Rangoon Lunatic Asylum 1878-1892 - 1878-1892
Year: 1878
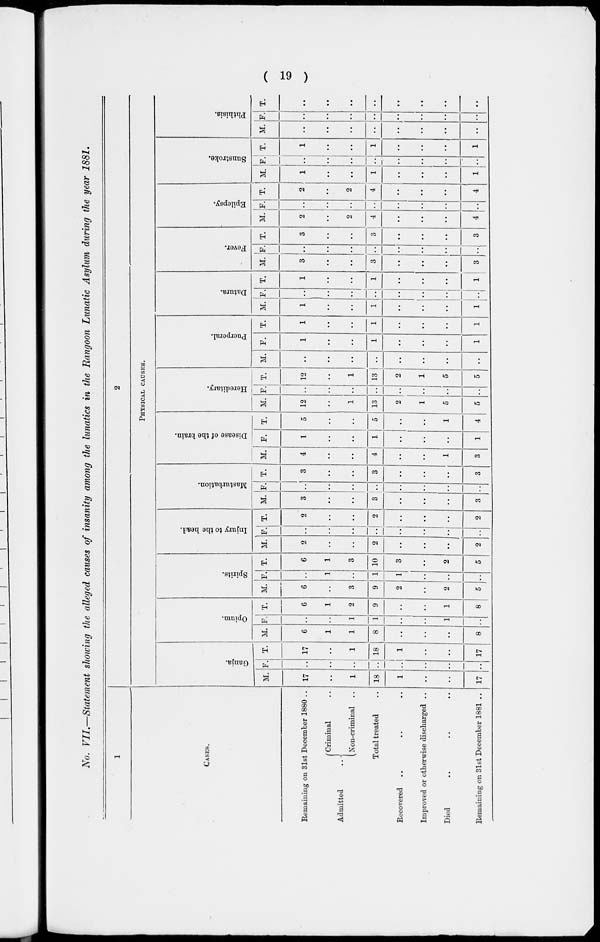
( 19 )
No. VII.—Statement showing the alleged causes of insanity among the lunatics in the Rangoon Lunatic Asylum during the year 1881.
1
CASES.
Remaining on 31st December 1880 ..
Admitted ..
Criminal ..
Non-criminal ..
Total treated ..
Recovered .. .. ..
Improved or otherwise discharged ..
Died .. .. ..
Remaining on 31st December 1881 ..
2
Physical causes.
Ganja.
M.
17
..
1
18
1
..
..
17
F.
..
..
..
..
..
..
..
..
T.
17
..
1
18
1
..
..
17
Opium.
M.
6
1
1
8
..
..
..
8
F.
..
..
1
1
..
..
1
..
T.
6
1
2
9
..
..
1
8
Spirits.
M.
6
..
3
9
2
..
2
5
F.
..
1
..
1
1
..
..
..
T.
6
1
3
10
3
..
2
5
Injury to the head.
M.
2
..
..
2
..
..
..
2
F.
..
..
..
..
..
..
..
..
T.
2
..
..
2
..
..
..
2
Masturbation.
M.
3
..
..
3
..
..
..
3
F.
..
..
..
..
..
..
..
..
T.
3
..
..
3
..
..
..
3
Disease of the brain.
M.
4
..
..
4
..
..
1
3
F.
1
..
..
1
..
..
..
1
T.
5
..
..
5
..
..
1
4
Hereditary.
M.
12
..
1
13
2
1
5
5
F.
..
..
..
..
..
..
..
..
T.
12
..
1
13
2
1
5
5
Puerperal.
M.
..
..
..
..
..
..
..
..
F.
1
..
..
1
..
..
..
1
T.
1
..
..
1
..
..
..
1
Datura.
M.
1
..
..
1
..
..
..
1
F.
..
..
..
..
..
..
..
..
T.
1
..
..
1
..
..
..
1
Fever.
M.
3
..
..
3
..
..
..
3
F.
..
..
..
..
..
..
..
..
T.
3
..
..
3
..
..
..
3
Epilepsy.
M.
2
..
2
4
..
..
..
4
F.
..
..
..
..
..
..
..
..
T.
2
..
2
4
..
..
..
4
Sunstroke.
M.
1
..
..
1
..
..
..
1
F.
..
..
..
..
..
..
..
..
T.
1
..
..
1
..
..
..
1
Phthisis.
M.
..
..
..
..
..
..
..
..
F.
..
..
..
..
..
..
..
..
T.
..
..
..
..
..
..
..
..